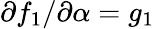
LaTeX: \partial f_{1}/\partial\alpha=g_{1}